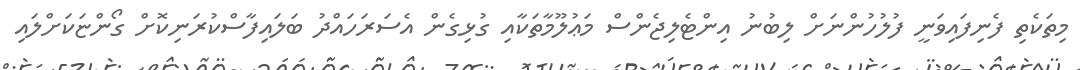
މިތަކެތި ފެނިފައިވަނީ ފުލުހުންނަށް ލިބުނު އިންޓެލިޖެންސް މަޢުލޫމާތަކާއި ގުޅިގެން އެސަރަހައްދު ބަލައިފާސްކުރަނިކޮށް ގޯންޏަކަށްލައި